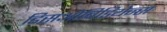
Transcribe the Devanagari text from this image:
डिसओबिडियेन्स